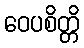
ဝေပစိတ္တိ